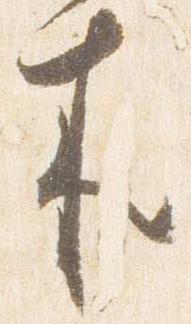
来